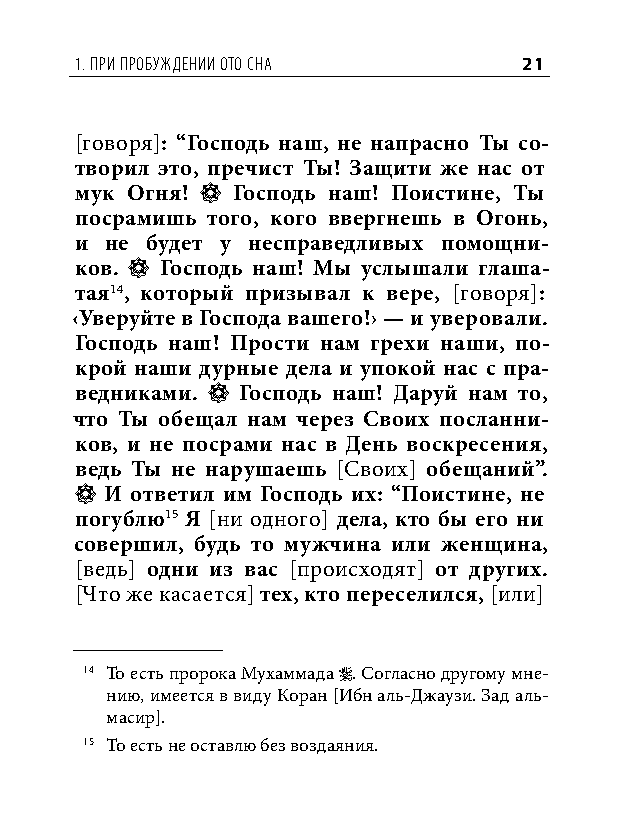
1. При Пробуждении ото сна    21
 [говоря]: “Господь наш, не напрасно Ты со-
 творил это, пречист Ты! Защити же нас от
 мук Огня! * Господь наш! Поистине, Ты
 посрамишь того, кого ввергнешь в Огонь,
 и не будет у несправедливых помощни-
 ков. * Господь наш! Мы услышали глаша-
 тая14, который призывал к вере, [говоря]:
 ‹Уверуйте в Господа вашего!› — и уверовали.
 Господь наш! Прости нам грехи наши, по-
 крой наши дурные дела и упокой нас с пра-
 ведниками. * Господь наш! Даруй нам то,
 что Ты обещал нам через Своих посланни-
 ков, и не посрами нас в День воскресения,
 ведь Ты не нарушаешь [Своих] обещаний”.
 * И ответил им Господь их: “Поистине, не
 погублю15 Я [ни одного] дела, кто бы его ни
 совершил, будь то мужчина или женщина,
 [ведь] одни из вас [происходят] от других.
 [Что же касается] тех, кто переселился, [или]
 14 То есть пророка Мухаммада . Согласно другому мне-
 нию, имеется в виду Коран [Ибн аль-Джаузи. Зад аль-
 масир].
 15 То есть не оставлю без воздаяния.